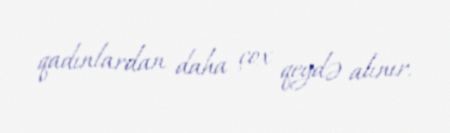
qadınlardan daha çox qeydə alınır.